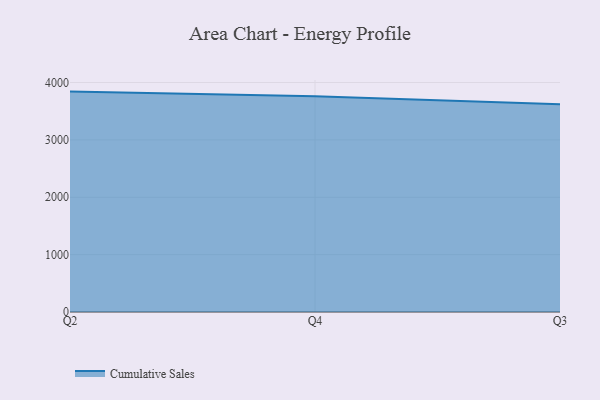
{"axis": {"x": "Quarter", "y": "Revenue (USD Million)"}, "legend": ["Cumulative Sales"], "data": [{"x": "Q2", "y": 3841.6, "type": "Cumulative Sales"}, {"x": "Q4", "y": 3759.1, "type": "Cumulative Sales"}, {"x": "Q3", "y": 3622.3, "type": "Cumulative Sales"}]}